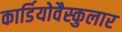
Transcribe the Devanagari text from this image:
कार्डियोवैस्कुलार